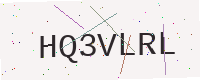
Text: HQ3VLRL